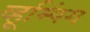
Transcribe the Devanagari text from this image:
व्हूम्पिंग